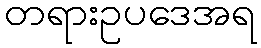
တရားဥပဒေအရ